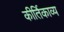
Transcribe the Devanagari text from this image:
कीर्तिकाव्य